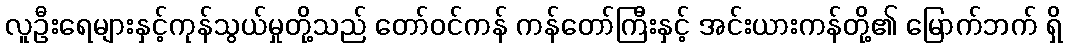
လူဦးရေများနှင့်ကုန်သွယ်မှုတို့သည် တော်ဝင်ကန် ကန်တော်ကြီးနှင့် အင်းယားကန်တို့၏ မြောက်ဘက် ရှိ